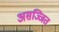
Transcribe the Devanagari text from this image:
असज्जित